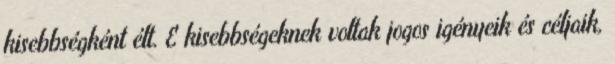
kisebbségként élt. E kisebbségeknek voltak jogos igényeik és céljaik,